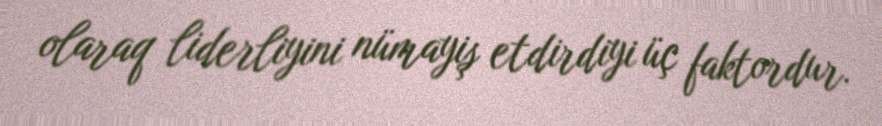
olaraq liderliyini nümayiş etdirdiyi üç faktordur.